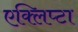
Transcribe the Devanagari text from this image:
एक्लिप्टा